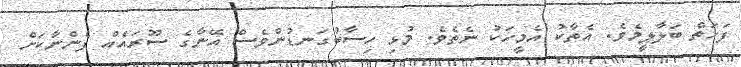
ފަހަތް ބަލާލީމެވެ. އެތާކު އެމީހަކު ނެތެވެ. މުޅި ހިސާބުގަނޑުންވެސް އޭނާގެ ސޫރައެއް ފެންނާކަށް